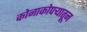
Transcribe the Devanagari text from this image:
कोनाकोपऱ्यातून